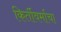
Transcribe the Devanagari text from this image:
किर्तीवर्माचा